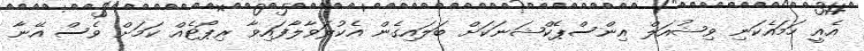
އެއީ ހަމައެކަނި ވިޝުއަލް އިންސްޕެކްޝަނަކަށް ބަލައިގެން އެކުލަވާލާފައިވާ ރިޕޯޓެއް ކަމަށް ވެސް އޭނާ